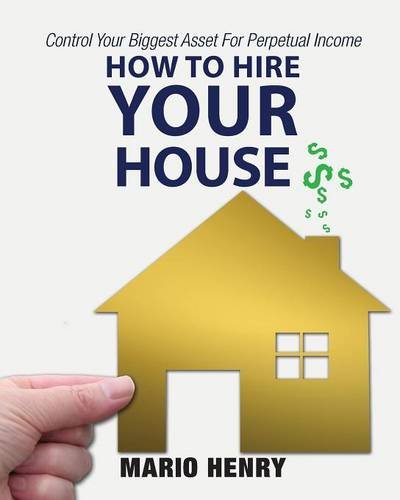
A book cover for How to Hire Your House; Mario Henry; Business & Money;